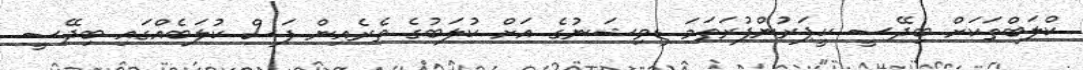
ކްލަބްތަކަށް ބިދޭސީ ކީޕަރުންފުރަތަމަ ޑިވިޝަނުގެ އަށް ކުލަބުގެ ތެރެެއިން ފަސް ކުލަބެއްގައި ބިދޭސީ